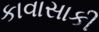
કાવાસાકી